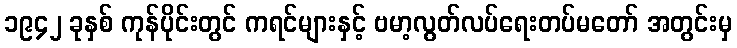
၁၉၄၂ ခုနှစ် ကုန်ပိုင်းတွင် ကရင်များနှင့် ဗမာ့လွတ်လပ်ရေးတပ်မတော် အတွင်းမှ